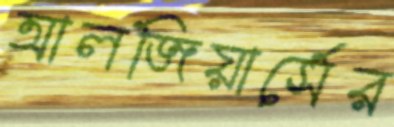
আলজিয়ার্সের